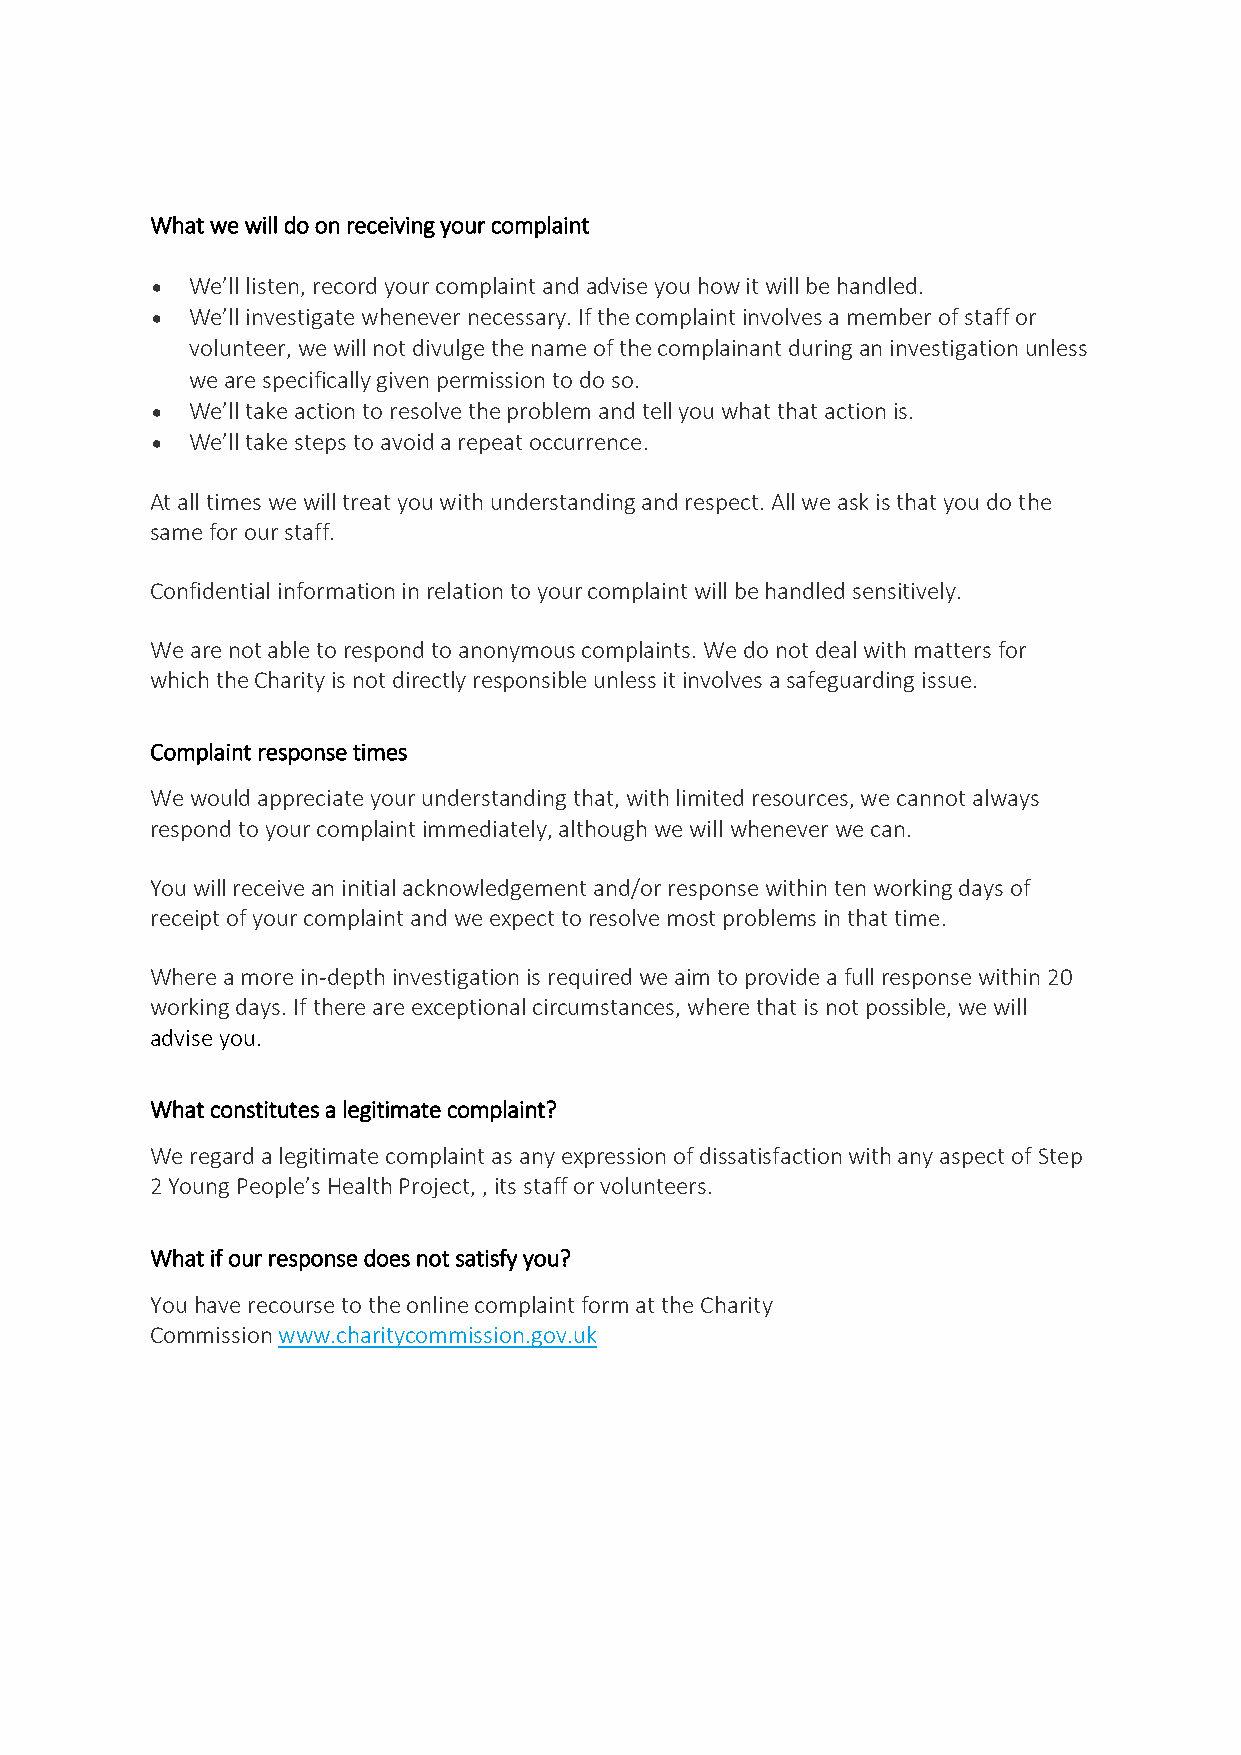
What we will do on receiving your complaint
   We’ll listen, record your complaint and advise you how it will be handled.
   We’ll investigate whenever necessary. If the complaint involves a member of staff or
 volunteer, we will not divulge the name of the complainant during an investigation unless
 we are specifically given permission to do so.
   We’ll take action to resolve the problem and tell you what that action is.
   We’ll take steps to avoid a repeat occurrence.
 At all times we will treat you with understanding and respect. All we ask is that you do the
 same for our staff.
 Confidential information in relation to your complaint will be handled sensitively.
 We are not able to respond to anonymous complaints. We do not deal with matters for
 which the Charity is not directly responsible unless it involves a safeguarding issue.
 Complaint response times
 We would appreciate your understanding that, with limited resources, we cannot always
 respond to your complaint immediately, although we will whenever we can.
 You will receive an initial acknowledgement and/or response within ten working days of
 receipt of your complaint and we expect to resolve most problems in that time.
 Where a more in-depth investigation is required we aim to provide a full response within 20
 working days. If there are exceptional circumstances, where that is not possible, we will
 advise you.
 What constitutes a legitimate complaint?
 We regard a legitimate complaint as any expression of dissatisfaction with any aspect of Step
 2 Young People’s Health Project, , its staff or volunteers.
 What if our response does not satisfy you?
 You have recourse to the online complaint form at the Charity
 Commission www.charitycommission.gov.uk